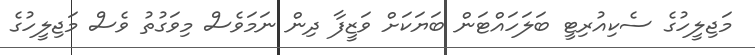
މަޖިލީހުގެ ސެކިއުރިޓީ ބަލަހައްޓަން ބަޔަކަށް ވަޒީފާ ދިން ނަމަވެސް މިވަގުތު ވެސް މަޖިލީހުގެ